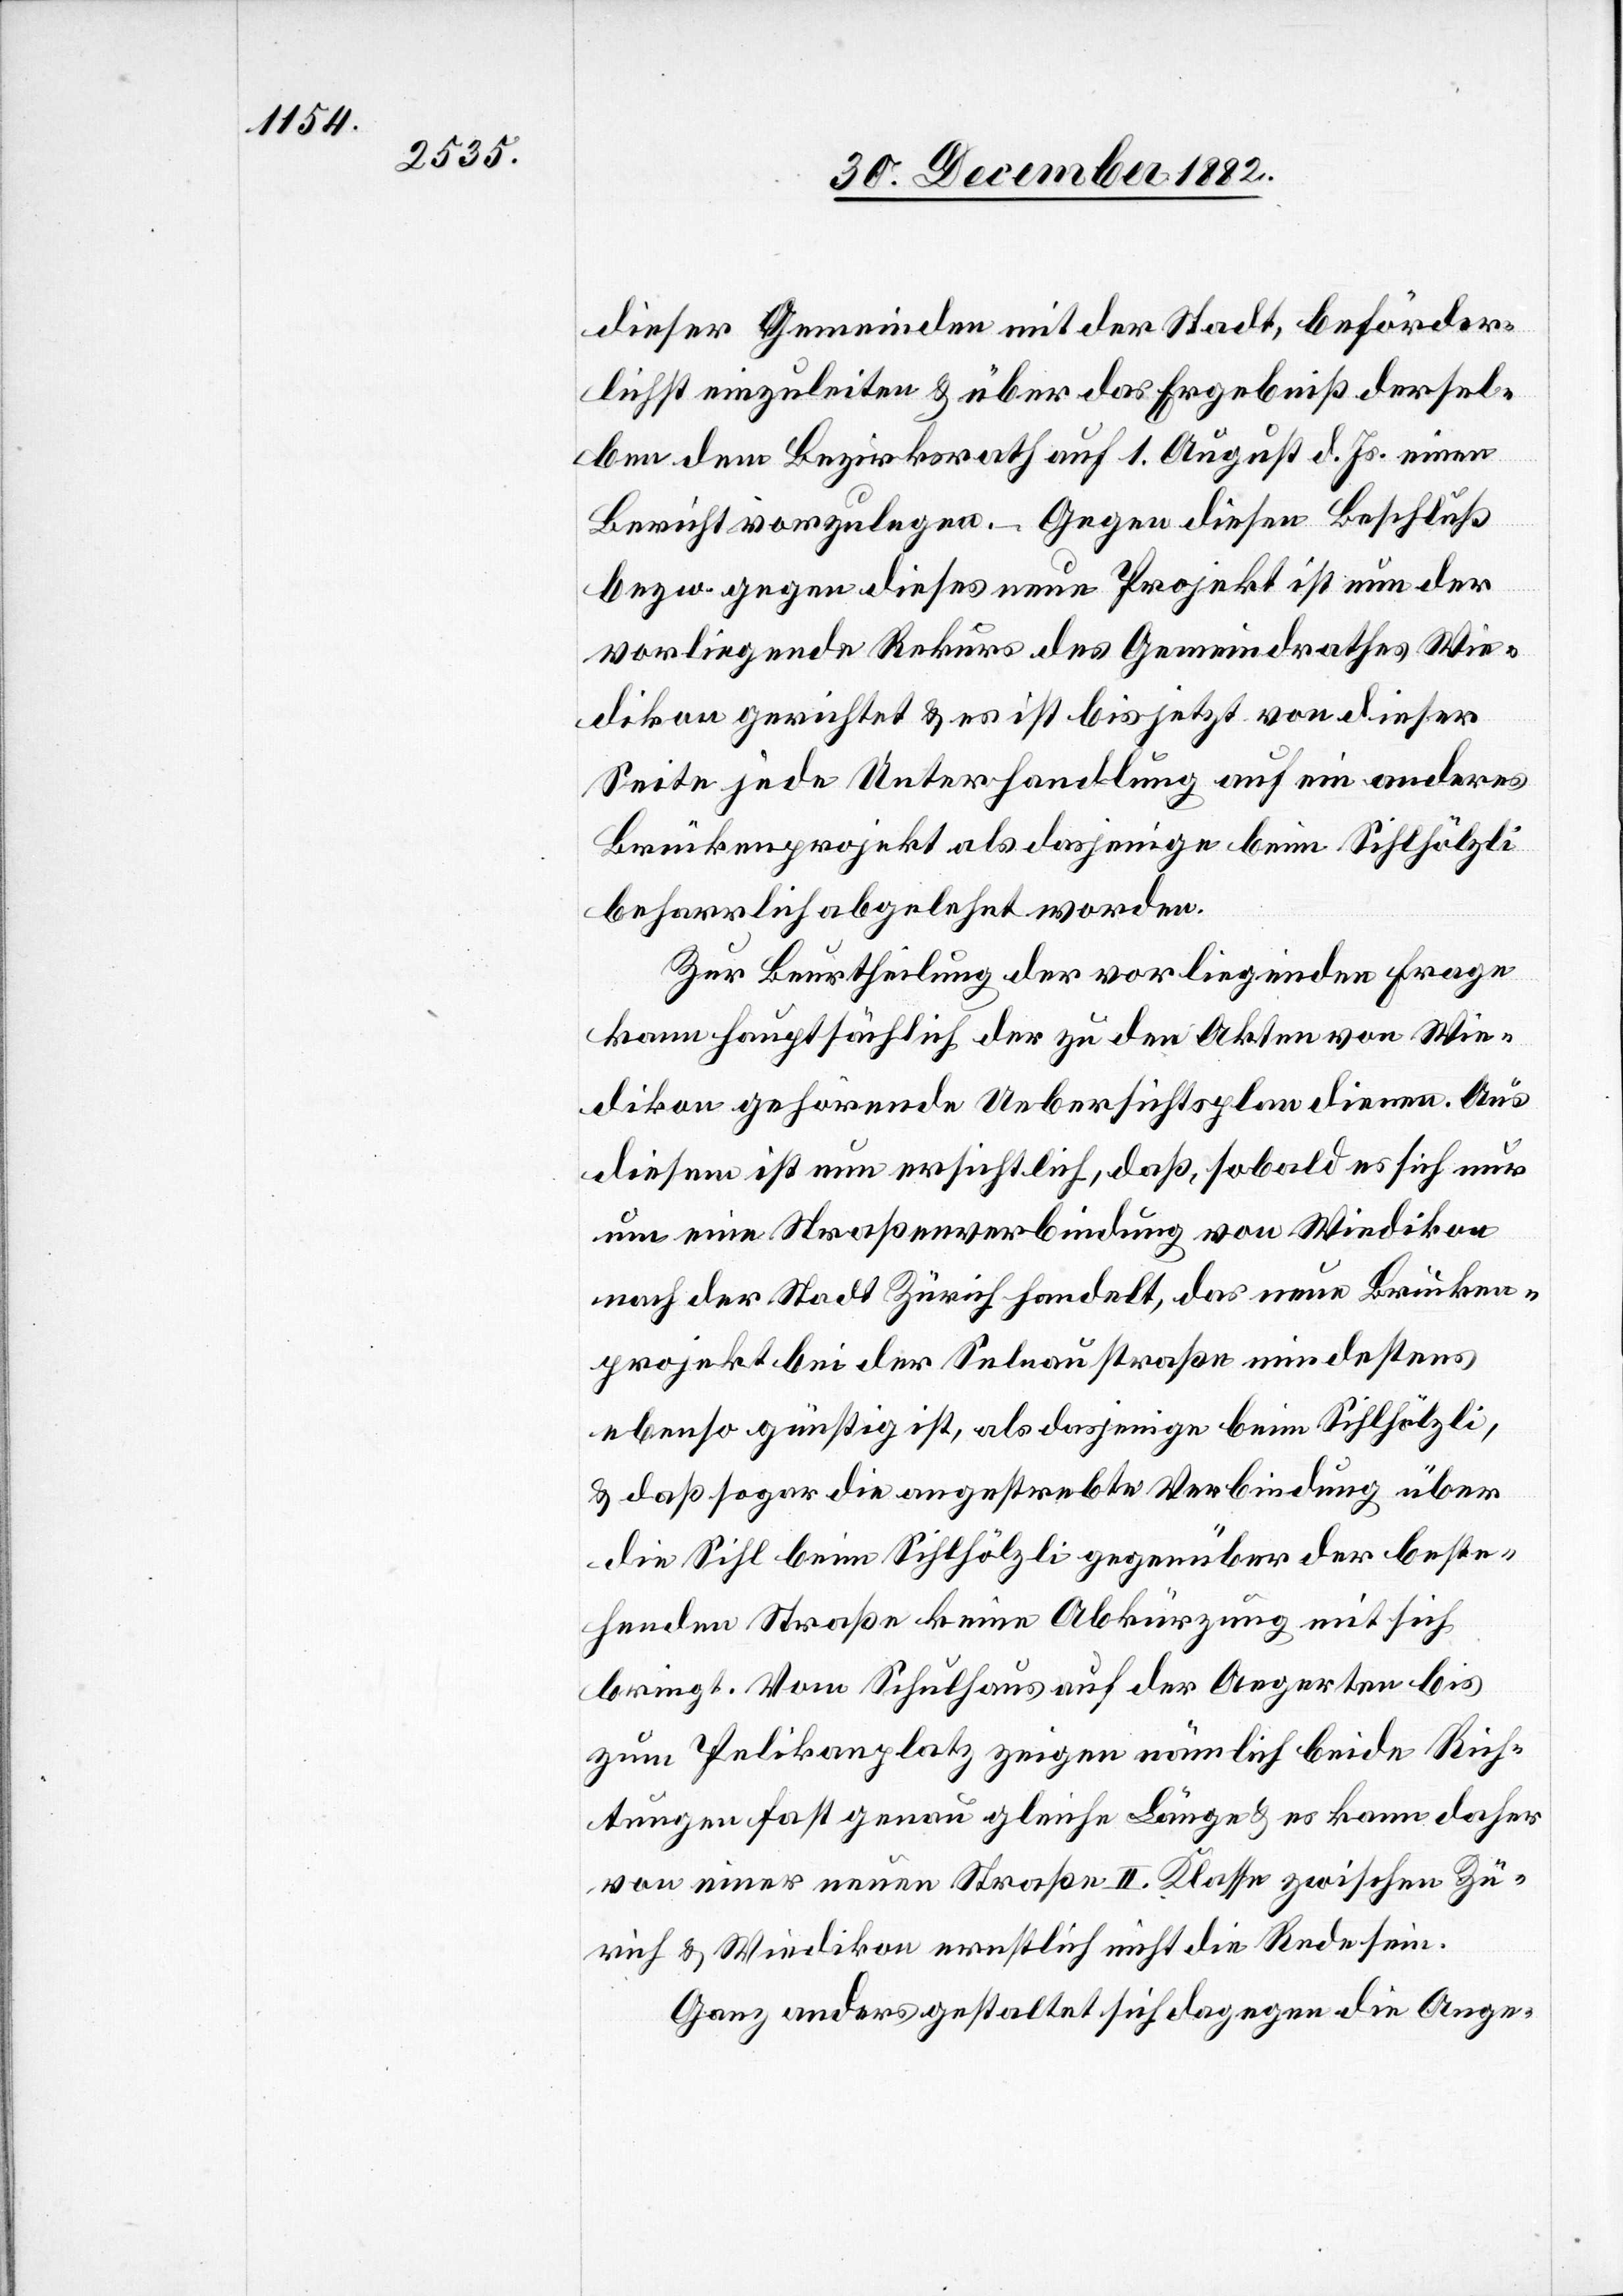
dieser Gemeinden mit der Stadt, beförder¬
lichst einzuleiten & über das Ergebniß dersel¬
ben dem Bezirksrath auf 1. August d. Js. einen
Bericht vorzulegen. – Gegen diesen Beschluß
bezw. gegen dieses neue Projekt ist nun der
vorliegende Rekurs des Gemeindrathes Wie¬
dikon gerichtet & es ist bis jetzt von dieser
Seite jede Unterhandlung auf ein anderes
Brückenprojekt als dasjenige beim Sihlhölzli
beharrlich abgelehnt worden.
Zur Beurtheilung der vorliegenden Frage
kann hauptsächlich der zu den Akten von Wie¬
dikon gehörende Uebersichtsplan dienen. Aus
diesem ist nun ersichtlich, daß, sobald es sich nur
um eine Straßenverbindung von Wiedikon
nach der Stadt Zürich handelt, das neue Brücken¬
projekt bei der Selnaustraße mindestens
ebenso günstig ist, als dasjenige beim Sihlhölzli,
& daß sogar die angestrebte Verbindung über
die Sihl beim Sihlhölzli gegenüber der beste¬
henden Straße keine Abkürzung mit sich
bringt. Vom Schulhaus auf der Aegerten bis
zum Pelikanplatz zeigen nämlich beide Rich¬
tungen fast genau gleiche Länge & es kann daher
von einer neuen Straße II. Klasse zwischen Zü¬
rich & Wiedikon ernstlich nicht die Rede sein.
Ganz anders gestaltet sich dagegen die Ange-